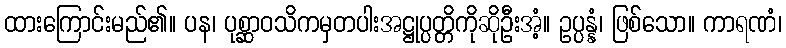
ထားကြောင်းမည်၏။ ပန၊ ပုစ္ဆာဝသိကမှတပါးအဋ္ဌုပ္ပတ္တိကိုဆိုဦးအံ့။ ဥပ္ပန္နံ၊ ဖြစ်သော။ ကာရဏံ၊